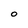
Character: 0